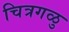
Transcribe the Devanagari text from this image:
चित्रगळु